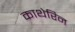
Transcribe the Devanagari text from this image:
काथेरिन